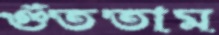
গুঁততাম